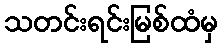
သတင်းရင်းမြစ်ထံမှ